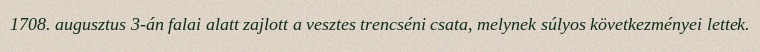
1708. augusztus 3-án falai alatt zajlott a vesztes trencséni csata, melynek súlyos következményei lettek.